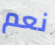
نعم